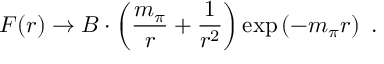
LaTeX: F ( r ) \rightarrow B \cdot \left( \frac { m _ { \pi } } { r } + \frac { 1 } { r ^ { 2 } } \right) \exp \left( - m _ { \pi } r \right) \ .